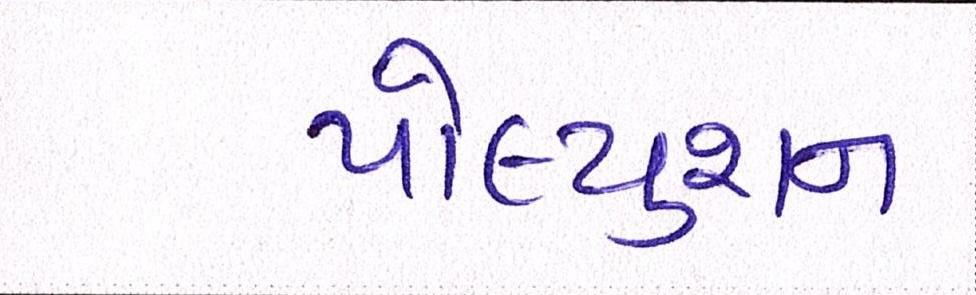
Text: પોલ્યુશન